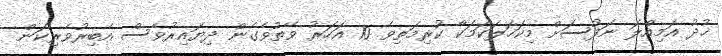
ޚުދު އަމިއްލަ ނަފުސަށް މިކަހަލަކަމަކާ ކުރިމަތިވެ 10 އަހަރު ވޭތުވެގެން ދިޔައިރުވެސް އެބިރުވެރިކަން